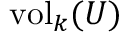
{ \mathrm { v o l } } _ { k } ( U )